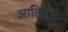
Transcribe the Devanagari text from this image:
आदिदारु